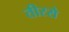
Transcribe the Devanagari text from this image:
तीरसे